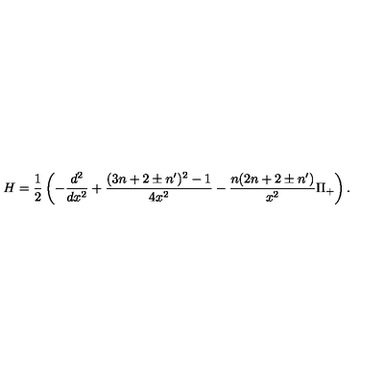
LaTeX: H = \frac { 1 } { 2 } \left( - \frac { d ^ { 2 } } { d x ^ { 2 } } + \frac { ( 3 n + 2 \pm n ^ { \prime } ) ^ { 2 } - 1 } { 4 x ^ { 2 } } - \frac { n ( 2 n + 2 \pm n ^ { \prime } ) } { x ^ { 2 } } \Pi _ { + } \right) .